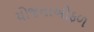
યોજનાઓફળ